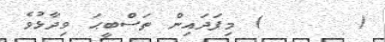
(      ) މިފަދައިން ތަސްބީޙަ ވިދާޅުވެ